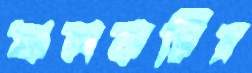
ফলকচিত্র